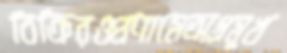
বিক্রিরওপ্রণামেঅগ্রমুখ